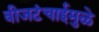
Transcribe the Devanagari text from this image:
वीजटंचाईमुळे